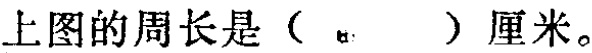
上图的周长是（  ）厘米。